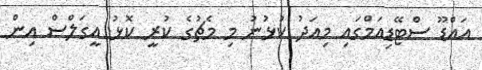
އައްޑޫ ސްޓޭޑިއަމްގައި މިއަދު ކުޅުނު މި މެޗުގެ ކުރީ ކޮޅު އީގަލްސް އިން